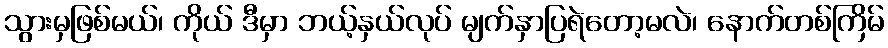
သွားမှဖြစ်မယ်၊ ကိုယ် ဒီမှာ ဘယ့်နှယ်လုပ် မျက်နှာပြရဲတော့မလဲ၊ နောက်တစ်ကြိမ်